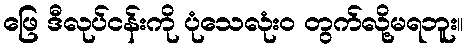
ဖြေ ဒီလုပ်ငန်းကို ပုံသေလုံးဝ တွက်လို့မရဘူး။